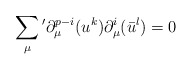
\begin{align*}\sum_{\mu}{}'\partial_{\mu}^{p-i}(u^k) \partial_{\mu}^i(\bar{u}^l)=0 \end{align*}